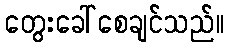
တွေးခေါ်စေချင်သည်။